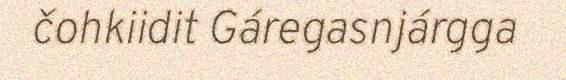
čohkiidit Gáregasnjárgga